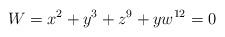
LaTeX: \begin{align*}W=x^2+y^3+z^9+yw^{12}=0\end{align*}